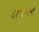
દશાનન